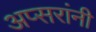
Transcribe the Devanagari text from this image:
अप्सरांनी